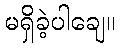
မရှိခဲ့ပါချေ။